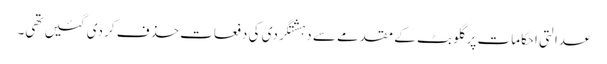
عدالتی احکامات پر گلو بٹ کے مقدمے سے دہشتگردی کی دفعات حذف کر دی گئیں تھی۔